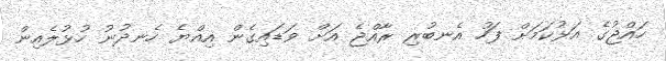
ހައްޖުގެ އަޅުކަމަށް ފަހު އެނބުރި ރާއްޖެ އަށް ވަޑައިގެން އިއްޔެ ހެނދުނު ހުޅުލެއިން